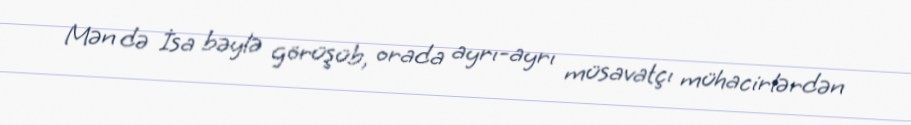
Mən də İsa bəylə görüşüb, orada ayrı-ayrı müsavatçı mühacirlərdən